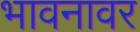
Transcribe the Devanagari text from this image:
भावनावर